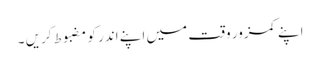
اپنے کمزور وقت میں اپنے اندر کو مضبوط کریں ۔